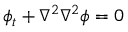
\phi _ { t } + \nabla ^ { 2 } \nabla ^ { 2 } \phi = 0